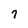
Character: 7